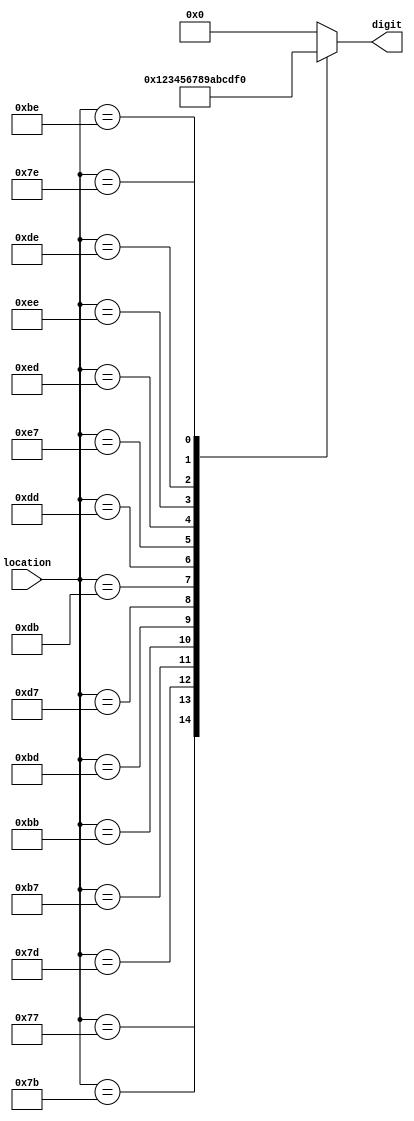
module digitLookup(
	input[7:0] location,
	output reg[3:0] digit
);

always @ (*) begin
	case(location)
			8'b11101011: begin
								digit = 0;
							end
			
			8'b01110111: begin
								digit = 1;
							end 
							
			8'b01111011: begin
								digit = 2;
							end 
							
			8'b01111101: begin
								digit = 3;
							end 
							
			8'b10110111: begin
								digit = 4;
							end 
							
			8'b10111011: begin
								digit = 5;
							end 
							
			8'b10111101: begin
								digit = 6;
							end 
							
			8'b11010111: begin
								digit = 7;
							end 
							
			8'b11011011: begin
								digit = 8;
							end 
							
			8'b11011101: begin
								digit = 9;
							end 
							
			8'b11100111: begin
								digit = 10;
							end
							
			8'b11101101: begin
								digit = 11;
							end
							
			8'b11101110: begin
								digit = 12;
							end
							
			8'b11011110: begin
								digit = 13;
							end
							
			8'b10111110: begin
								digit = 14;
							end
							
			8'b01111110: begin
								digit = 15;
							end
							
			default: digit = 0;
							
			endcase
end
endmodule